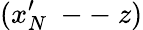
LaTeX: (x_{N}^{\prime}\mathrm{~--~}z)